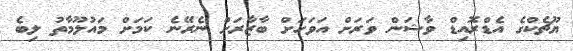
ޔޫޗެކްގެ އެޑްރޮއިޑް ވާޝަން ވަރަށް އަވަހަށް ބާޒާރަށް ނެރޭނެ ކަމަށް މައުލޫމާތު ލިބެ